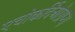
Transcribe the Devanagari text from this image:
एचोकर्दिओग्रप्य